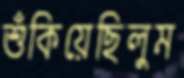
শুঁকিয়েছিলুম